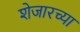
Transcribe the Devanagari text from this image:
शेजारच्‍या